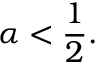
\alpha < { \frac { 1 } { 2 } } .